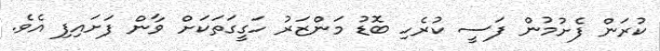
ކުރަން ފެށުމުން ފަސީ ކުރެހި ބޮޑު މަންޒަރު ހަގީގަތަކަށް ވާން ފަށައިފި އެވެ.